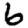
Digit: 6